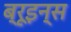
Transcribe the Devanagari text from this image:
ब्रूइन्स